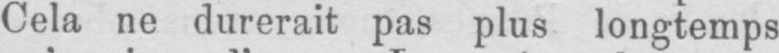
Cela ne durerait pas plus longtemps